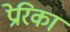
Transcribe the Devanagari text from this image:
प्रेरिका